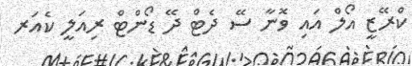
ކްރޭޒީ އޯލް އައި ވޮނާ ސޭ ދެޓް ދޭ ޑޯންޓް ރިއަލީ ކެއަރ